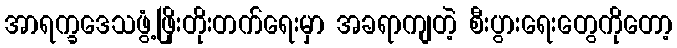
အာရက္ခဒေသဖွံ့ဖြိုးတိုးတက်ရေးမှာ အခရာကျတဲ့ စီးပွားရေးတွေကိုတော့